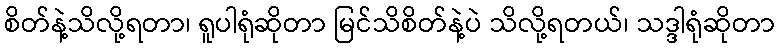
စိတ်နဲ့သိလို့ရတာ၊ ရူပါရုံဆိုတာ မြင်သိစိတ်နဲ့ပဲ သိလို့ရတယ်၊ သဒ္ဒါရုံဆိုတာ